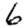
Digit: 6